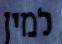
למין